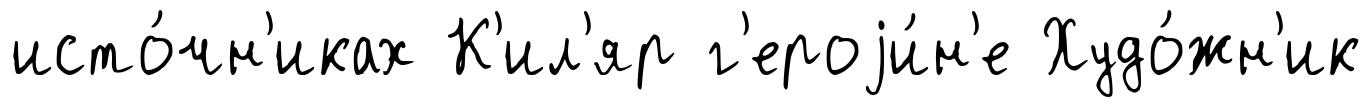
исто́чн'иках К'ил'яр г'ероjи́н'е Худо́жн'ик